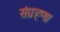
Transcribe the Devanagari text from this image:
संग्रहण।